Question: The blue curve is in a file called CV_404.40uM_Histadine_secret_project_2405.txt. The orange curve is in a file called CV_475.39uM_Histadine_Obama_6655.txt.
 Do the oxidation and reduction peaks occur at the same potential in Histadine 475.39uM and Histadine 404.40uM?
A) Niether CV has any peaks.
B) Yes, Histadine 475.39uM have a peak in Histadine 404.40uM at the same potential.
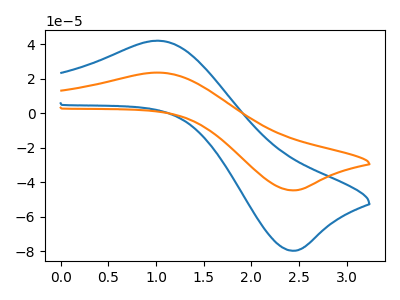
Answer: <think>The blue curve "Histadine 404.40uM" has an anodic peak at (1.05V, 42.05uA) and a cathodic peak at (2.40V, -79.60uA). The orange curve "Histadine 475.39uM" has an anodic peak at (1.05V, 23.55uA) and a cathodic peak at (2.40V, -44.60uA).</think>
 <answer>B) Yes, "Histadine 475.39uM" have a peak in "Histadine 404.40uM" at the same potential.</answer>
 <eval>B</eval>